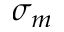
\sigma _ { m }